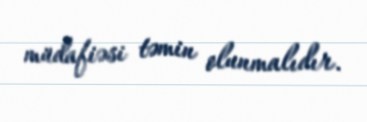
müdafiəsi təmin olunmalıdır.